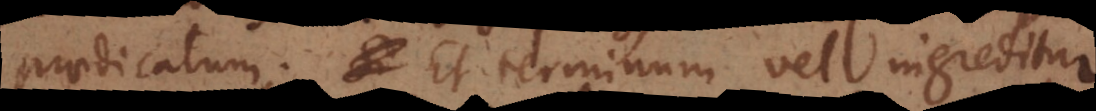
praedicatum. Et terminum vel ingreditur